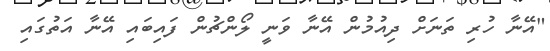
"އޭނާ ހުރި ތަނަށް ދިއުމުން އޭނާ ވަނީ ލޯންޗުން ފައިބައި އޭނާ އަތުގައި